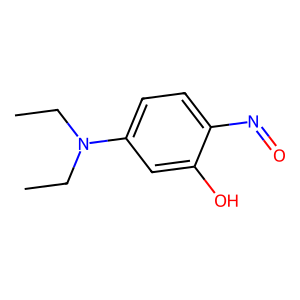
SMILES: CCN(CC)c1ccc(N=O)c(O)c1
Inhibits HIV replication: No